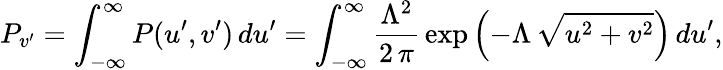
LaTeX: P_{v^{\prime}}=\int_{-\infty}^{\infty}P(u^{\prime},v^{\prime})\, du^{\prime}=\int_{-\infty}^{\infty}\frac{\Lambda^{2}}{2\, \pi}\, \exp{\left(-\Lambda\, \sqrt{u^{2}+v^{2}}\right)}\, du^{\prime},